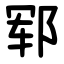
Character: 郓